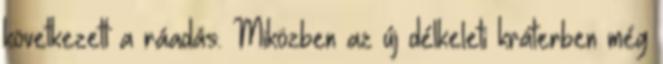
következett a ráadás. Miközben az új délkeleti kráterben még